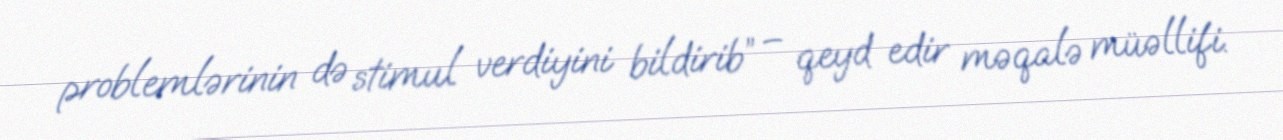
problemlərinin də stimul verdiyini bildirib” – qeyd edir məqalə müəllifi.